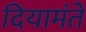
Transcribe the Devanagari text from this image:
दियामंते